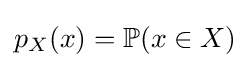
p_{X}(x)=\mathbb {P} (x\in X)